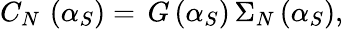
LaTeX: C_{N}\, \left(\alpha_{S}\right)=\, G\left(\alpha_{S}\right)\, \Sigma_{N}\left(\alpha_{S}\right),